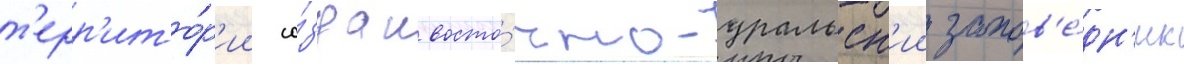
т'ерр'ито́р'ии со́здан восто́чно-уральск'ии запов'е́дн'ик